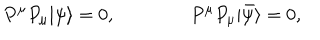
LaTeX: P ^ { \mu } P _ { \mu } | \psi \rangle = 0 , \qquad \qquad P ^ { \mu } P _ { \mu } | \bar { \psi } \rangle = 0 ,